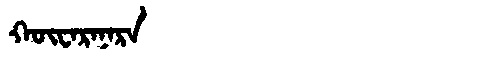
Manchu: ᡴᡡᠸᠠᡵᠠᠨᠠᡵᠠ
Romanization: KŪWARANARA